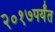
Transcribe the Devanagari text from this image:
२०१७पर्यंत